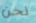
نحن